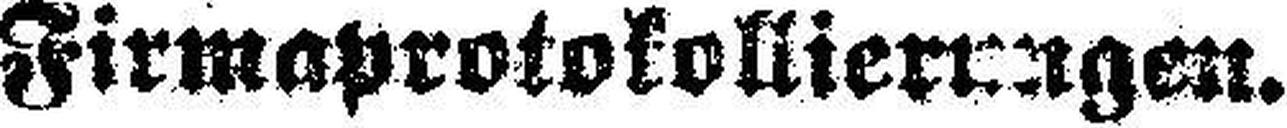
Firmaprotokollierungen.